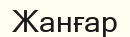
Жанғар